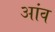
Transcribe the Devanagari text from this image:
अांव